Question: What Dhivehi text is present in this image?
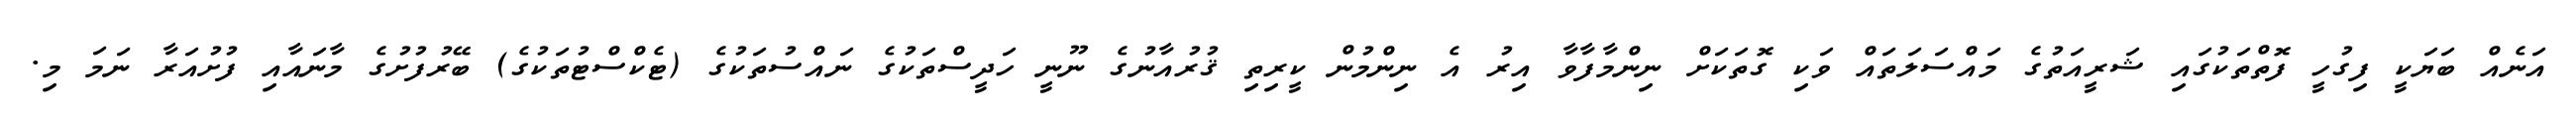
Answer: އަނެއް ބަޔަކީ ފިގުހީ ފޮތްތަކުގައި ޝަރީއަތުގެ މައްސަލަތައް ވަކި ގޮތަކަށް ނިންމާފާވާ އިރު އެ ނިންމުން ކީރިތި ޤުރުއާނުގެ ނޫނީ ހަދީސްތަކުގެ ނައްސުތަކުގެ (ޓެކްސްޓުތަކުގެ) ބޭރުފުށުގެ މާނައާއި ފުށުއަރާ ނަމަ މި.